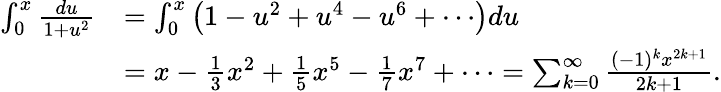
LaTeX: {\begin{array}{rl}{\int_{0}^{x}{\frac{du}{1+u^{2}}}}&{=\int_{0}^{x}\left(1-u^{2}+u^{4}-u^{6}+\cdots\right)du}\\ &{=x-{\frac{1}{3}}x^{2}+{\frac{1}{5}}x^{5}-{\frac{1}{7}}x^{7}+\cdots=\sum_{k=0}^{\infty}{\frac{(-1)^{k}x^{2k+1}}{2k+1}}.}\end{array}}